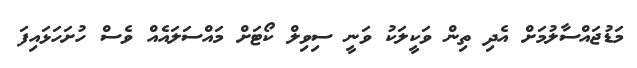
މަޑުޖައްސާލުމަށް އެދި ތިން ވަކީލަކު ވަނީ ސިވިލް ކޯޓަށް މައްސަލައެއް ވެސް ހުށަހަޅައިފަ